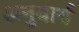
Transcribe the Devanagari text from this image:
अनुवार्य